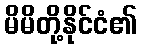
မိမိတို့နိုင်ငံ၏